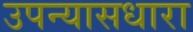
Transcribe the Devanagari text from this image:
उपन्यासधारा